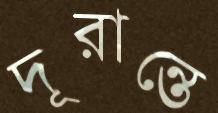
দূরান্তে